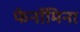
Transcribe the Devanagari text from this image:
फेनॉमिना